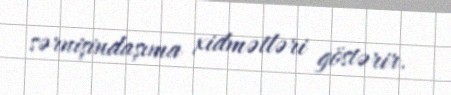
sərnişindaşıma xidmətləri göstərir.